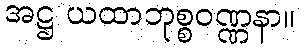
အဋ္ဌ ယထာဘုစ္စဝဏ္ဏနာ။